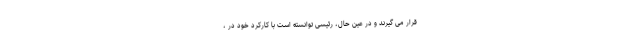
قرار می گیرند و در عین حال، رئیسی توانسته است با کارکرد خود در ،